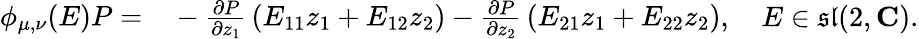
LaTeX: {\begin{array}{rl}{\phi_{\mu,\nu}(E)P=}&{{}-{\frac{\partial P}{\partial z_{1}}}\left(E_{11}z_{1}+E_{12}z_{2}\right)-{\frac{\partial P}{\partial z_{2}}}\left(E_{21}z_{1}+E_{22}z_{2}\right)}\end{array}},\quad E\in{\mathfrak{sl}}(2,\mathbf{C}).